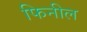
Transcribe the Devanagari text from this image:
फिनील